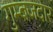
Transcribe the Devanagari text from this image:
गुम्बजदार